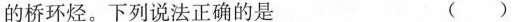
的桥环烃。下列说法正确的是 ()